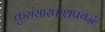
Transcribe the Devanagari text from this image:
कुसंसारपाशप्रबद्धः